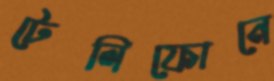
টেলিফোনে